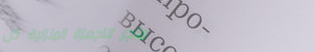
متجر الأجهزة المنزلية: كل